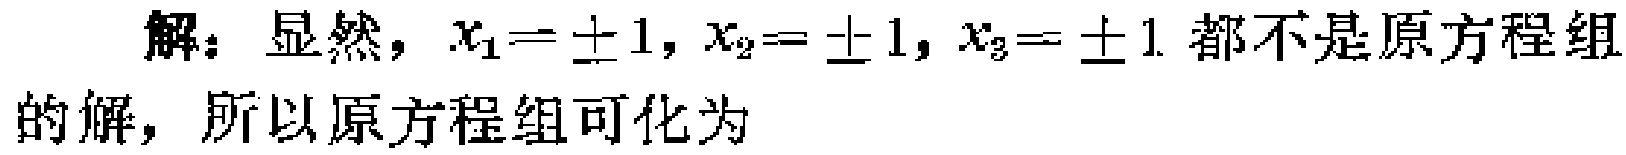
解：显然，$x_{1}=\pm1,x_{2}=\pm1,x_{3}=\pm1$都不是原方程组的解，所以原方程组可化为